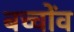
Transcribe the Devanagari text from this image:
बच्चोंव